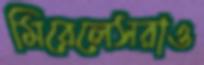
মিরেলেসরাও